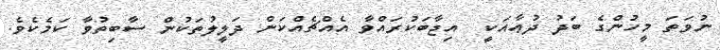
ނުވަތަ މީހުންގެ ބަދު ދުޢާއަކީ  އިޖާބަކުރައްވާ އެއްޗެއްކަން ދަލީލުތަކުން ސާބިތުވާ ކަމެކެވެ.